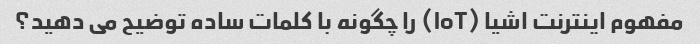
مفهوم اینترنت اشیا (IoT) را چگونه با کلمات ساده توضیح می دهید؟